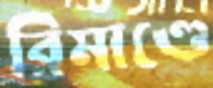
রিমাণ্ডে